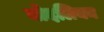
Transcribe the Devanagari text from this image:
बोदलियन